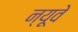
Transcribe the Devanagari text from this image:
न्यूवे